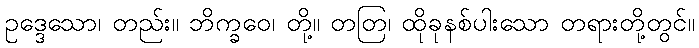
ဥဒ္ဒေသော၊ တည်း။ ဘိက္ခဝေ၊ တို့။ တတြ၊ ထိုခုနစ်ပါးသော တရားတို့တွင်။